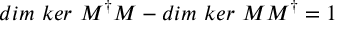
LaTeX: d i m \ k e r \ M ^ { \dagger } M - d i m \ k e r \ M M ^ { \dagger } = 1